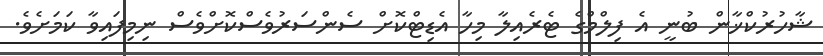
ޝާހުރުކްޚާން ބުނީ އެ ފިލްމްގެ ޓެރެއިލާ މިހާ އެޑިޓްކޮށް ސެންސަރުވެސްކޮށްވެސް ނިމިފައިވާ ކަމަށެވެ.